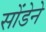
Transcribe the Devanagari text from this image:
सोंडेने